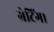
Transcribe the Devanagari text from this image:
ग्रेटिंग।